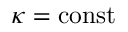
\kappa = \mathrm { c o n s t }